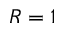
R = 1